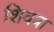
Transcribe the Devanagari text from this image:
शिवबा